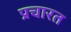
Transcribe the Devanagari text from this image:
प्रचारत